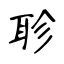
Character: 聄